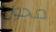
محول